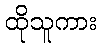
ထိုသူကား